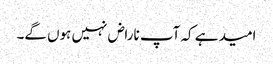
امید ہے کہ آپ ناراض نہیں ہوں گے۔